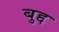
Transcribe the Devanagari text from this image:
बुद्द